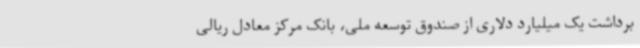
برداشت یک میلیارد دلاری از صندوق توسعه ملی، بانک مرکز معادل ریالی